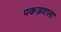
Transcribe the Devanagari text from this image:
पकड़वाला